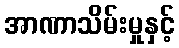
အာဏာသိမ်းမှုနှင့်